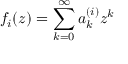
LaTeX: f _ { i } ( z ) = \sum _ { k = 0 } ^ { \infty } a _ { k } ^ { ( i ) } z ^ { k }